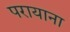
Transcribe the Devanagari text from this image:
परायाना